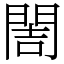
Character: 䦖